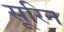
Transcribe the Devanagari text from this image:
सूरिन